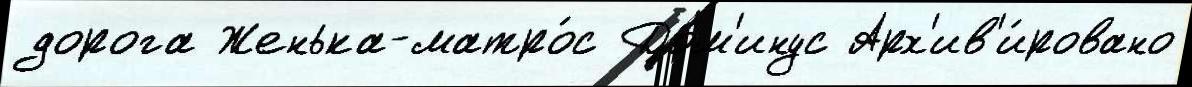
дорога Женька-матро́с Дом'инус Арх'ив'и́ровано